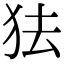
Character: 㹤